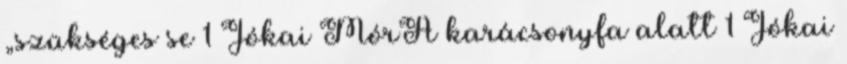
„szükséges se 1 Jókai MórA karácsonyfa alatt 1 Jókai